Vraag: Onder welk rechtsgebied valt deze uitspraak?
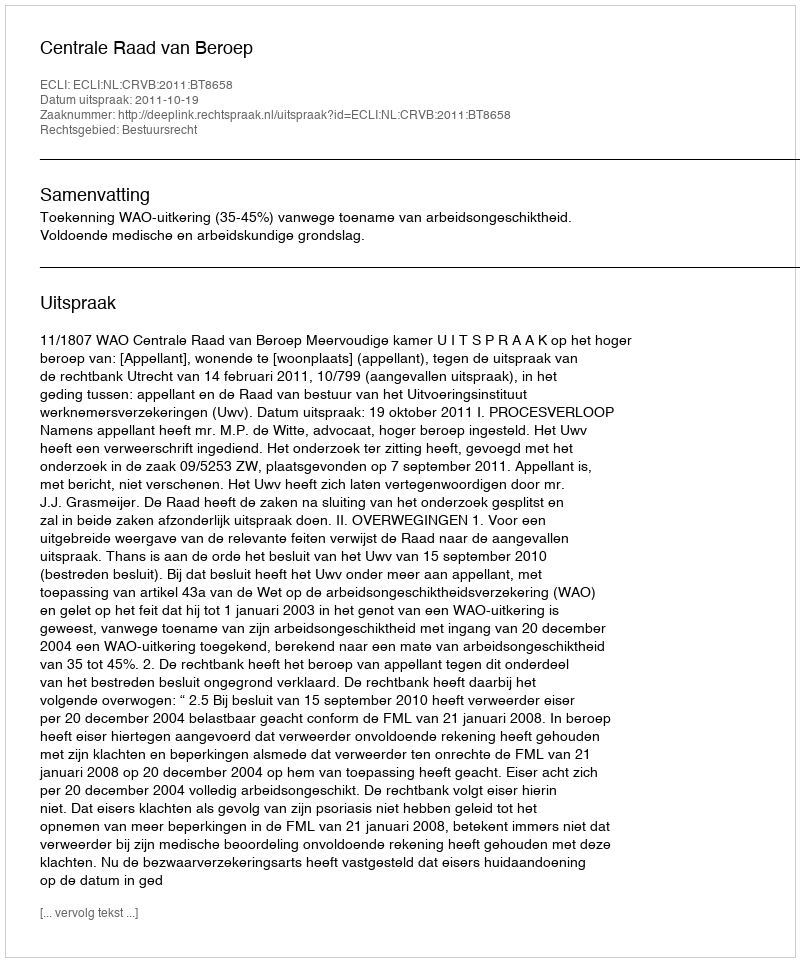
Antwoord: Bestuursrecht